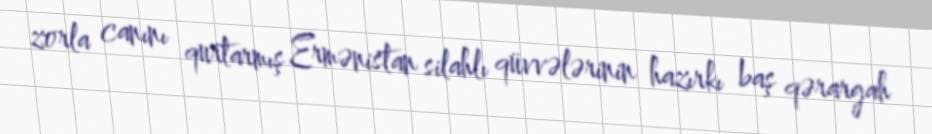
zorla canını qurtarmış Ermənistan silahlı qüvvələrinin hazırkı baş qərargah